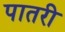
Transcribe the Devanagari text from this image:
पातरी